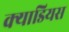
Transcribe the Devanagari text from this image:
क्याडियस